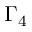
\Gamma _ { 4 }